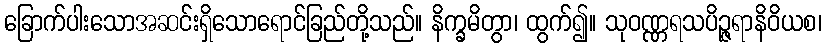
ခြောက်ပါးသောအဆင်းရှိသောရောင်ခြည်တို့သည်။ နိက္ခမိတွာ၊ ထွက်၍။ သုဝဏ္ဏရသပိဉ္ဇရာနိဝိယစ၊